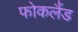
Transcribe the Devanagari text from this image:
फोकलैंड